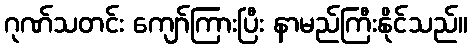
ဂုဏ်သတင်း ကျော်ကြားပြီး နာမည်ကြီးနိုင်သည်။